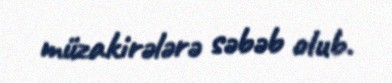
müzakirələrə səbəb olub.